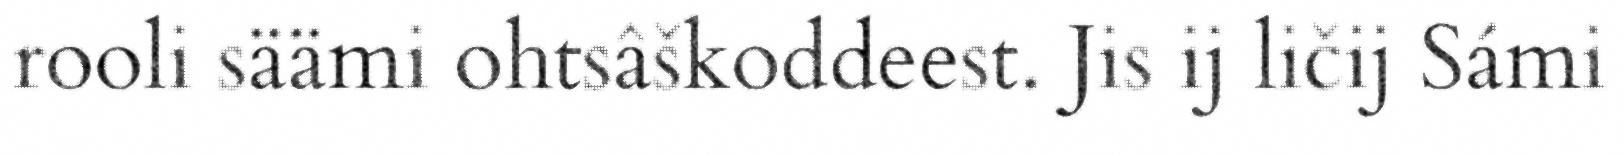
rooli säämi ohtsâškoddeest. Jis ij ličij Sámi